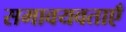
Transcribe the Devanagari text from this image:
समावयवताएँ